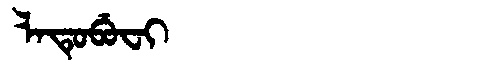
Manchu: ᠯᠠᡨᡠᠪᡠᠸᡳ
Romanization: LATUBUFI